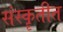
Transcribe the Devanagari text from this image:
संस्कॄतीत